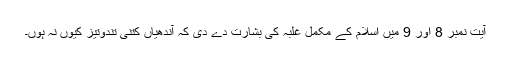
آیت نمبر 8 اور 9 میں اسلام کے مکمل غلبہ کی بشارت دے دی کہ آندھیاں کتنی تندوتیز کیوں نہ ہوں۔